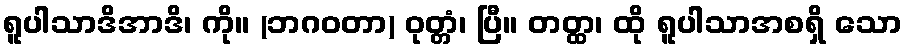
ရူပါသာဒိအာဒိ၊ ကို။ (ဘဂဝတာ) ဝုတ္တံ၊ ပြီ။ တတ္ထ၊ ထို ရူပါသာအစရှိ သော